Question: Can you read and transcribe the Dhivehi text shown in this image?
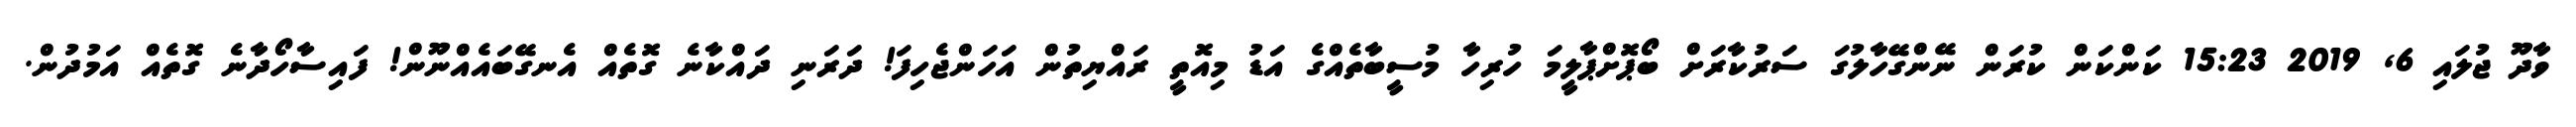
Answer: ވާދޫ ޖުލައި 6, 2019 15:23 ކަންކަން ކުރަން ނޭންގޭހާލުގަ ސަރުކާރަށް ބޯޕޮށްޕާލީމަ ހުރިހާ މުސީބާތެއްގެ އަޑު މިއޮތީ ރައްޔިތުން އަހަންޖެހިފަ! ދަރަނި ދައްކާނެ ގޮތެއް އެނގޭބައެއްނޫން! ފައިސާހޯދާނެ ގޮތެއް އަމުދުން.